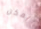
يمكن